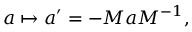
a \mapsto a ^ { \prime } = - M a M ^ { - 1 } ,